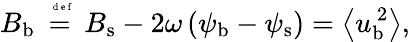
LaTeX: {B}_{\mathrm{b}}\stackrel{\mathrm{~\tiny~{~d~e~f~}~}}{=}{B}_{\mathrm{s}}-2\omega\, ({\psi}_{\mathrm{b}}-{\psi}_{\mathrm{s}})=\left<{u}_{\mathrm{b}}^{\, 2}\right>,